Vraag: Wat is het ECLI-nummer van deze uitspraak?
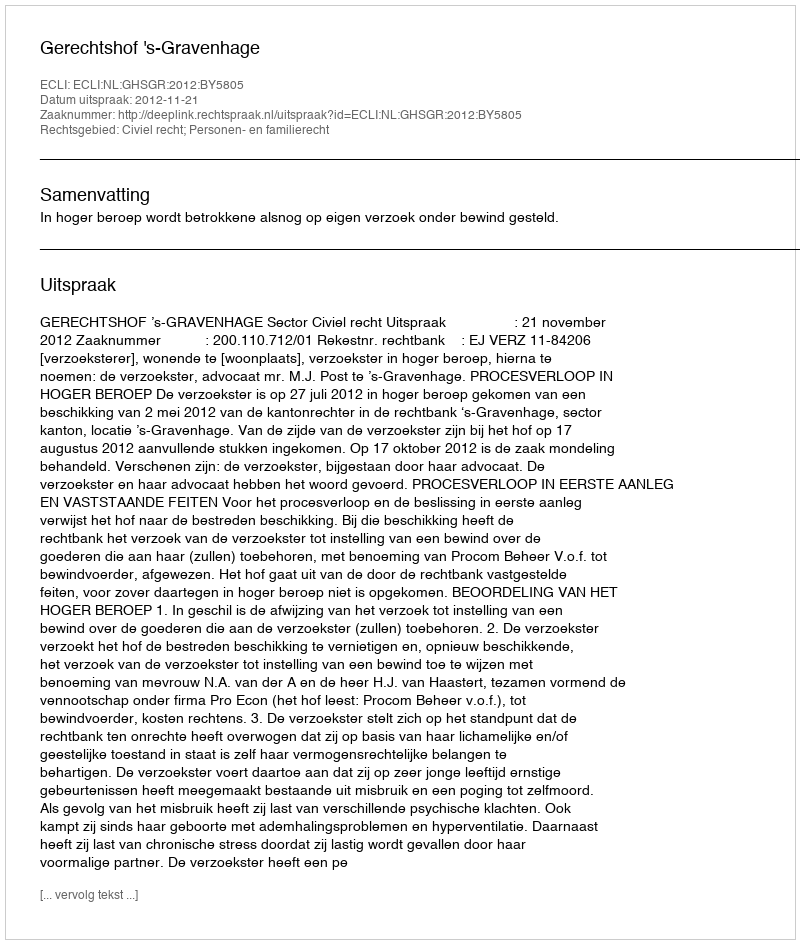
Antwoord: ECLI:NL:GHSGR:2012:BY5805